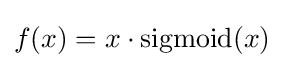
f(x)=x\cdot \operatorname {sigmoid} (x)